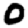
Digit: 0